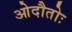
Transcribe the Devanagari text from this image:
ओदौतोः